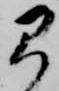
弓